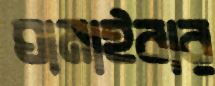
ঘামাইবার